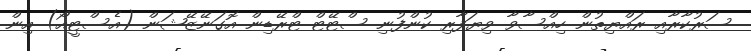
ސަރުކާރާއި ރައްޔިތުން ހިއްސާވާ ވިޔަފާރި ކުންފުނި ސްޓޭޓް ޓްރޭޑިން އޮގަނޭޒޭޝަން (އެސްޓީއޯ) އިން